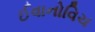
ઈવાનોવિચ